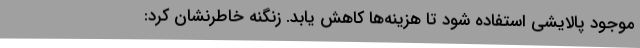
موجود پالایشی استفاده شود تا هزینه‌ها کاهش یابد. زنگنه خاطرنشان کرد: